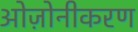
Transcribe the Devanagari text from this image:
ओज़ोनीकरण